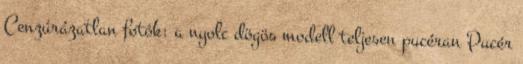
Cenzúrázatlan fotók: a nyolc dögös modell teljesen pucéran Pucér